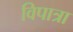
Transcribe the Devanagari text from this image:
विपात्रा